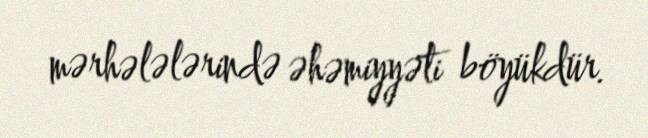
mərhələlərində əhəmiyyəti böyükdür.